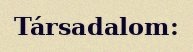
Társadalom: